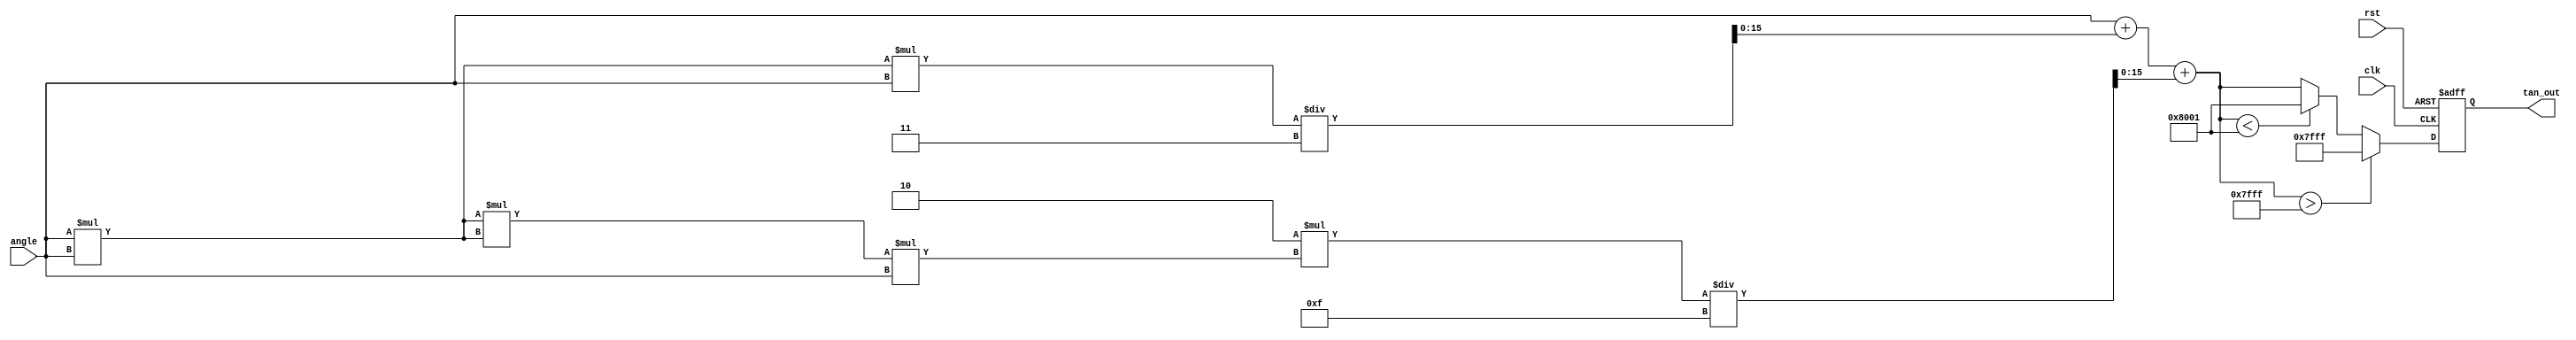
module Tangent (
    input wire [15:0] angle, // Input angle in fixed-point (16-bit)
    output reg [15:0] tan_out, // Output tangent value in fixed-point (16-bit)
    input wire clk, // Clock signal
    input wire rst // Reset signal
);

// Fixed-point constants for the Taylor series approximation
// tan(x)  x + (x^3)/3 + (2*x^5)/15 + ...
parameter signed [15:0] C1 = 16'd1;          // 1.0
parameter signed [15:0] C2 = 16'd0;          // x^3 coefficient
parameter signed [15:0] C3 = 16'd0;          // x^5 coefficient
parameter signed [15:0] MAX_OUTPUT = 16'd32767; // Max output (saturation)

// Internal registers for computation
reg signed [31:0] x_squared;
reg signed [31:0] x_cubed;
reg signed [31:0] x_fifth;

always @(posedge clk or posedge rst) begin
    if (rst) begin
        tan_out <= 16'd0;
    end else begin
        // Normalize input angle to the range (-/2, /2)
        // For simplicity, we will assume input is already normalized.

        // Compute tangent using Taylor series approximation
        x_squared = angle * angle; // x^2
        x_cubed   = x_squared * angle; // x^3
        x_fifth   = x_squared * x_squared * angle; // x^5

        // tan(x) = x + (x^3)/3 + (2*x^5)/15
        tan_out = angle + (x_cubed / 3) + (2 * x_fifth / 15);

        // Saturate output
        if (tan_out > MAX_OUTPUT) begin
            tan_out <= MAX_OUTPUT; // Saturation
        end else if (tan_out < -MAX_OUTPUT) begin
            tan_out <= -MAX_OUTPUT; // Saturation
        end
    end
end

endmodule